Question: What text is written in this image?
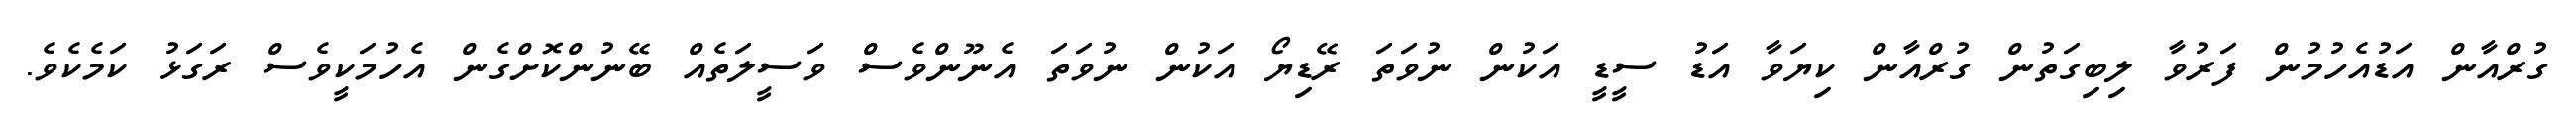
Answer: ގުރްއާން އަޑުއެހުމުން ފަރުވާ ލިބިގަތުން ގުރްއާން ކިޔަވާ އަޑު ސީޑީ އަކުން ނުވަތަ ރޭޑިޔޯ އަކުން ނުވަތަ އެނޫންވެސް ވަސީލަތެއް ބޭނުންކޮށްގެން އެހުމަކީވެސް ރަގަޅު ކަމެކެވެ.